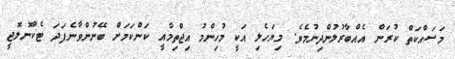
މަސައްކަތް ކުރަން އެއްބާރުލުންދިނުމެވެ. މިޔަހެލި އަކީ މުހިންމު އިޖްތިމާއީ ކަންކަމަށް ބޭނުންވާނެފަދަ ޓެކްނޮލޮޖީ